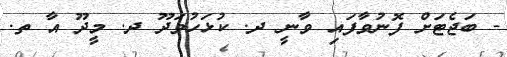
- ބަޖެޓަށް ފޮނުވާފައި ވާނީ ދ. ކުޅަހުވަދޫ ދ. މީދޫ އާ ތ.